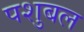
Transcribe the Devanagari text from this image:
पशुबल